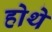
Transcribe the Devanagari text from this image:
होथे